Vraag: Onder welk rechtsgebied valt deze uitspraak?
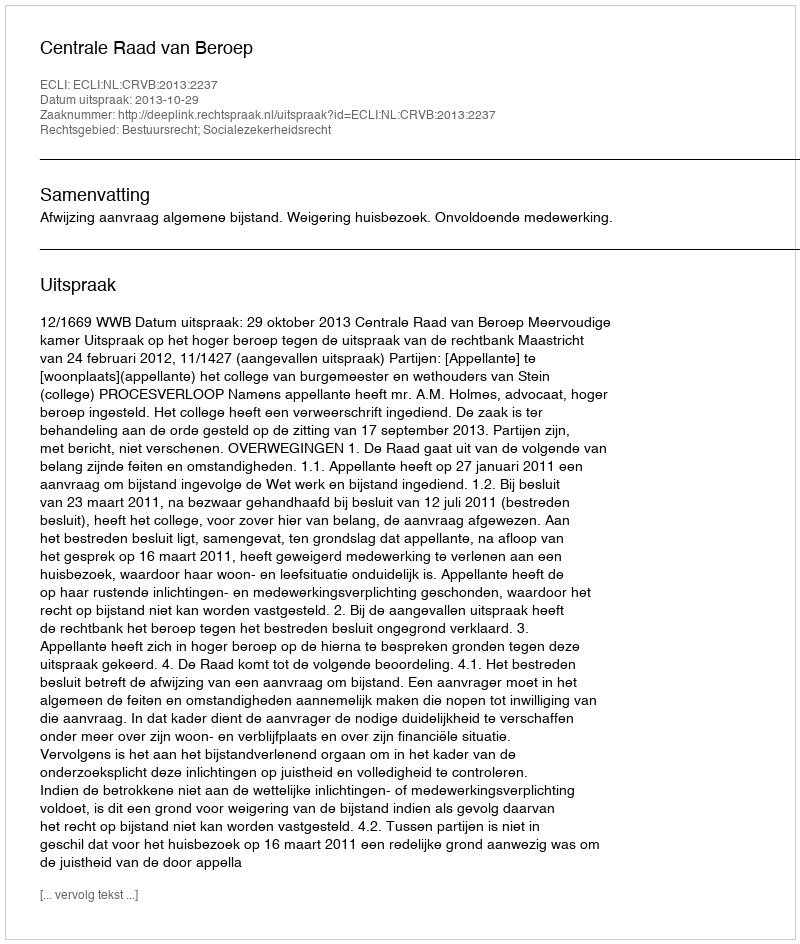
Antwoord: Bestuursrecht; Socialezekerheidsrecht